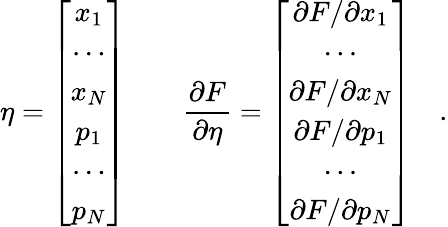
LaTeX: \eta=\left[\begin{array}{c}{x_{1}}\\ {\cdots}\\ {x_{N}}\\ {p_{1}}\\ {\cdots}\\ {p_{N}}\end{array}\right]\quad\quad\frac{\partial F}{\partial\eta}=\left[\begin{array}{c}{\partial F/\partial x_{1}}\\ {\cdots}\\ {\partial F/\partial x_{N}}\\ {\partial F/\partial p_{1}}\\ {\cdots}\\ {\partial F/\partial p_{N}}\end{array}\right]\quad.